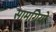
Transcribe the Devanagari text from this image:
सामग्रियो